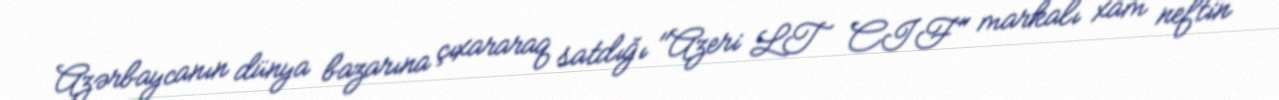
Azərbaycanın dünya bazarına çıxararaq satdığı "Azeri LT CIF" markalı xam neftin